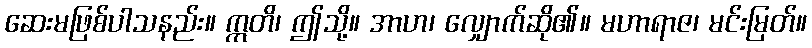
ဆေးမဖြစ်ပါသနည်း။ ဣတိ၊ ဤသို့။ အာဟ၊ လျှောက်ဆို၏။ မဟာရာဇ၊ မင်းမြတ်။